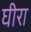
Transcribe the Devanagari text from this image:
घीरा